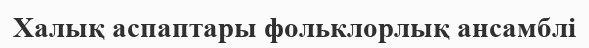
Халық аспаптары фольклорлық ансамблі